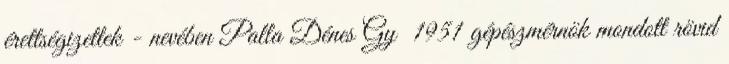
érettségizettek - nevében Palla Dénes Gy 1951 gépészmérnök mondott rövid